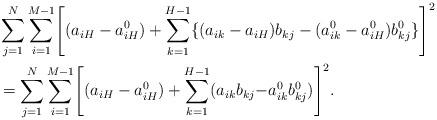
LaTeX: \begin{align*}&\sum_{j=1}^N \sum_{i=1}^{M-1} \Biggl[(a_{iH} - a^0_{iH})+\sum_{k=1}^{H-1} \{(a_{ik}-a_{iH})b_{kj} - (a^0_{ik}-a^0_{iH}) b^0_{kj}\} \Biggr]^2 \\&=\sum_{j=1}^N \sum_{i=1}^{M-1} \Biggl[(a_{iH} - a^0_{iH})+\sum_{k=1}^{H-1} (a_{ik}b_{kj} {-} a^0_{ik}b^0_{kj}) \Biggr]^2.\end{align*}